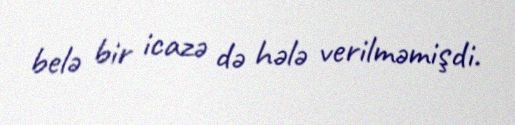
belə bir icazə də hələ verilməmişdi.